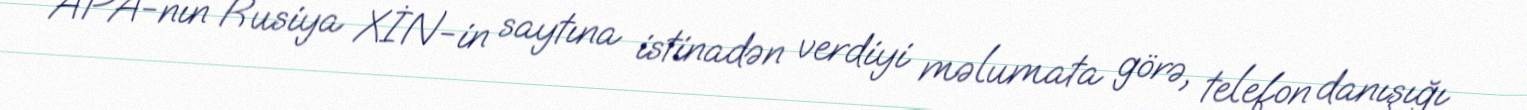
APA-nın Rusiya XİN-in saytına istinadən verdiyi məlumata görə, telefon danışığı